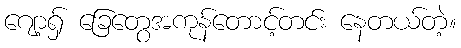
ဂျော့ရှ် ခြေတွေအကုန်တောင့်တင်း နေတယ်တဲ့။